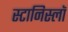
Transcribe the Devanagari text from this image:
स्टानिस्लॉ